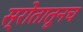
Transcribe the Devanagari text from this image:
स्रोतातूनच